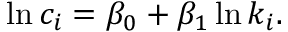
\ln c _ { i } = \beta _ { 0 } + \beta _ { 1 } \ln k _ { i } .